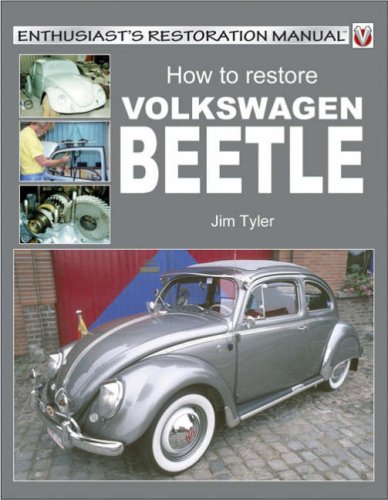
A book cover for How to Restore Volkswagen Beetle (Enthusiast's Restoration Manual); Jim Tyler; Engineering & Transportation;